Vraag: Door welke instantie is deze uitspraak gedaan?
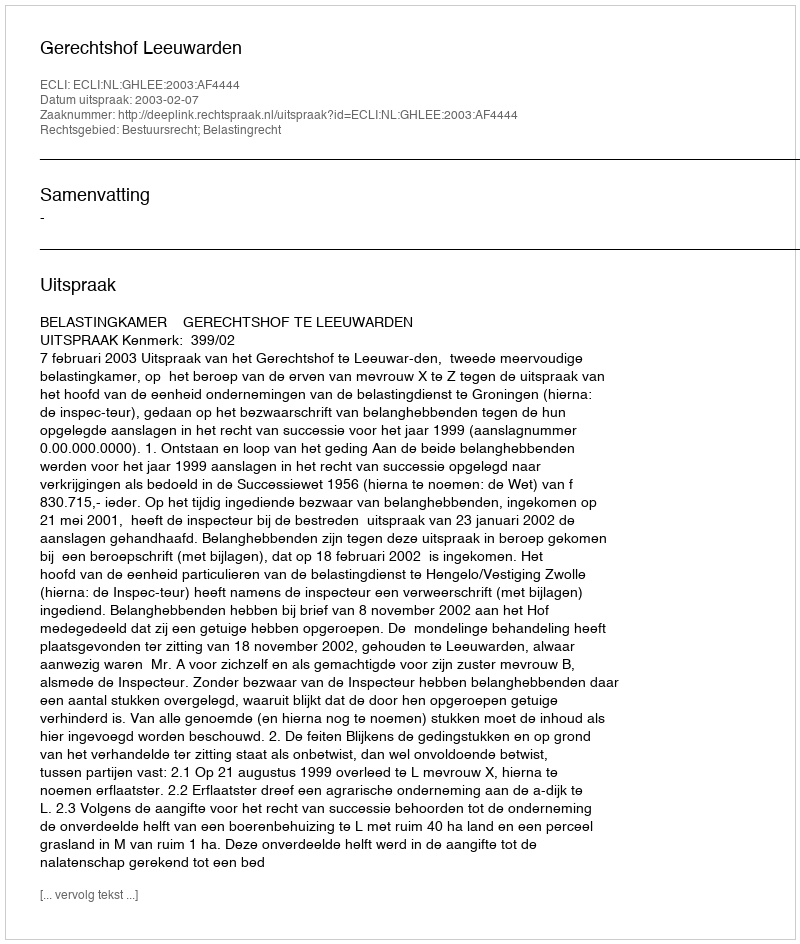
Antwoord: Gerechtshof Leeuwarden